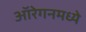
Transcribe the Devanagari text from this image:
ऑरेगनमध्ये